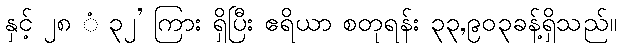
နှင့် ၂၈ ံ ၃၂’ ကြား ရှိပြီး ဧရိယာ စတုရန်း ၃၃,၉၀၃ခန့်ရှိသည်။